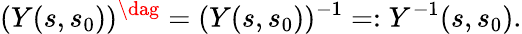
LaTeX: (Y(s,s_{0}))^{\dag}=(Y(s,s_{0}))^{-1}=:Y^{-1}(s,s_{0}).